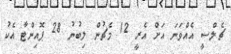
ޗެލްސީ އެއްވަނަ އަށް އެރީ 12 މެޗުން ލިބުނު 28 ޕޮއިންޓާ އެކު